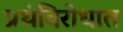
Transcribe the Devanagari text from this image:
प्रथंविरोधात